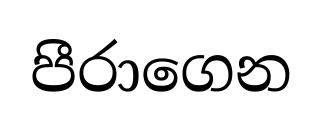
පීරාගෙන